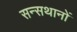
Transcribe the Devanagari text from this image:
सन्सथानों